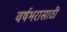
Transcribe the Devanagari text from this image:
वर्षभरासाठी